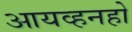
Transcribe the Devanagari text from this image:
आयव्हनहो